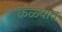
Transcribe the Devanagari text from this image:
केळ्यात